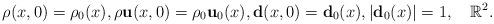
LaTeX: \begin{align*} &\rho(x,0)=\rho_{0}(x),\rho\mathbf{u}(x,0)=\rho_0\mathbf{u}_0(x), \mathbf{d}(x,0)=\mathbf{d}_{0}(x),|\mathbf{d}_{0}(x)|=1, \quad\mathbb{R}^{2}.\end{align*}